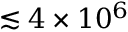
\lesssim 4 \times 1 0 ^ { 6 }